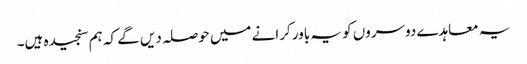
یہ معاہدے دوسروں کو یہ باور کرانے میں حوصلہ دیں گے کہ ہم سنجیدہ ہیں۔